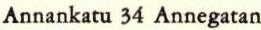
Annankatu 34 Annegatan